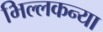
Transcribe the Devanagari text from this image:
भिल्लकन्या